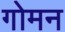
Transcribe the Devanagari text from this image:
गोमन